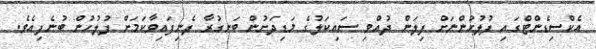
އެކްސިޑެންޓްގައި ފުލުހުންނަށް ފިލަން ދުއްވި ސައިކަލުގެ މަޑިދަށުން ބަނގުރާ ފެނިފައިވާކަމަށް ފުލުހުން ބުނެފިއެވެ.